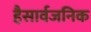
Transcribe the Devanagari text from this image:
हैसार्वजनिक